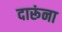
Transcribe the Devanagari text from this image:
दारूंना